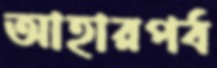
আহারপর্ব